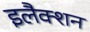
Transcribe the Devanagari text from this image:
इलैक्शन